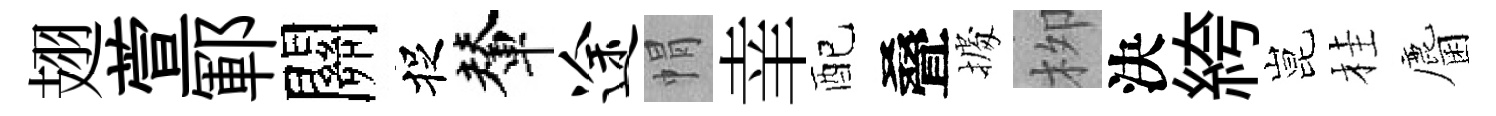
翅萱鄆關捉輦途㡌𦍒配叠𢴃栁決絝昆桂麕